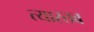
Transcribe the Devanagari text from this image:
त्यास्तव